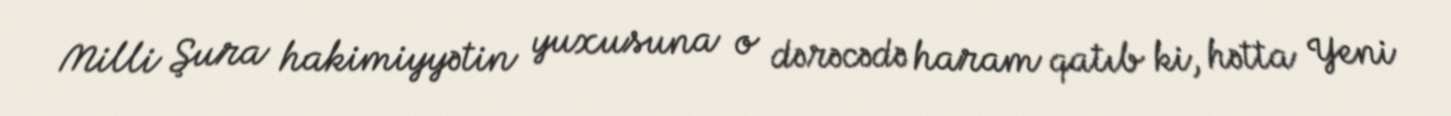
Milli Şura hakimiyyətin yuxusuna o dərəcədə haram qatıb ki, hətta Yeni